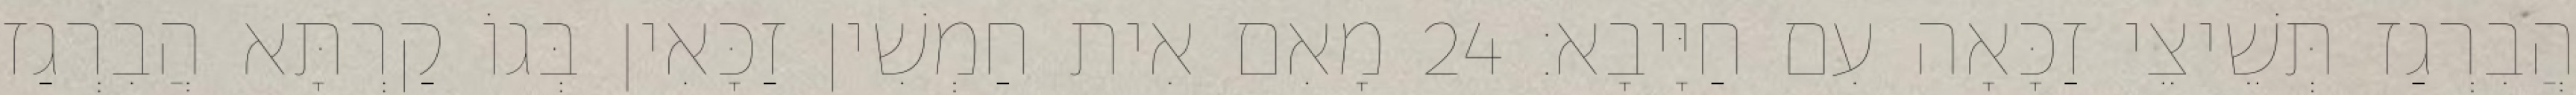
הֲבִרְגַז תְּשֵׁיצֵי זַכָּאָה עִם חַיָּיבָא׃ 24 מָאִם אִית חַמְשִׁין זַכָּאִין בְּגוֹ קַרְתָּא הֲבִרְגַז